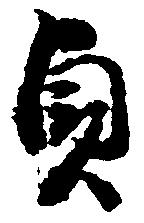
貞